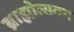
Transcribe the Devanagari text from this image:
ब्राह्मोत्सवम